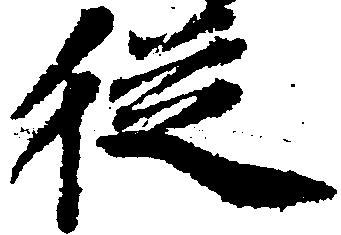
従